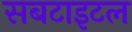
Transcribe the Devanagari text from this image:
सबटाइटल